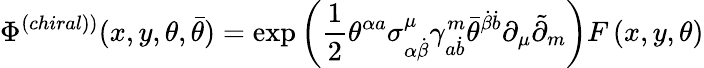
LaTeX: \Phi^{\left(chiral)\right)}(x,y,\theta,\bar{\theta})=\exp\left(\frac 12\theta^{\alpha a}\sigma_{\alpha\dot{\beta}}^{\mu}\gamma_{a\dot{b}}^{m}\bar{\theta}^{\dot{\beta}\dot{b}}\partial_{\mu}\tilde{\partial}_{m}\right)F\left(x,y,\theta\right)